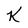
Character: K